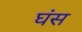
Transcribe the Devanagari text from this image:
घंस